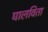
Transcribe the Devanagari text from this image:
घालविता